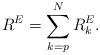
LaTeX: \begin{align*} R^E = \sum_{k=p}^N R_k^E.\end{align*}